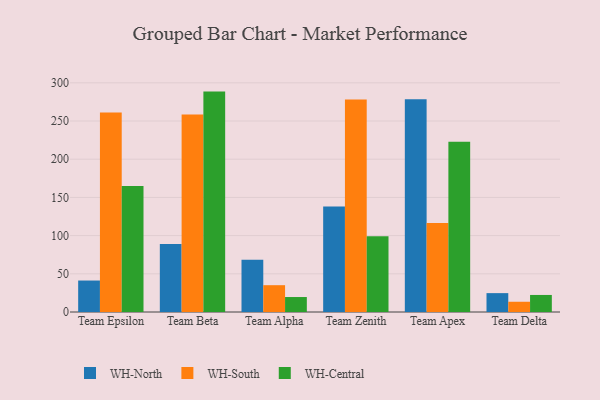
{"axis": {"x": "Team", "y": "Population (Million)"}, "legend": ["WH-Central", "WH-North", "WH-South"], "data": [{"x": "Team Epsilon", "y": 41.2, "type": "WH-North"}, {"x": "Team Epsilon", "y": 261.0, "type": "WH-South"}, {"x": "Team Epsilon", "y": 165.0, "type": "WH-Central"}, {"x": "Team Beta", "y": 88.9, "type": "WH-North"}, {"x": "Team Beta", "y": 258.5, "type": "WH-South"}, {"x": "Team Beta", "y": 288.5, "type": "WH-Central"}, {"x": "Team Alpha", "y": 68.4, "type": "WH-North"}, {"x": "Team Alpha", "y": 35.1, "type": "WH-South"}, {"x": "Team Alpha", "y": 19.6, "type": "WH-Central"}, {"x": "Team Zenith", "y": 138.1, "type": "WH-North"}, {"x": "Team Zenith", "y": 278.3, "type": "WH-South"}, {"x": "Team Zenith", "y": 99.3, "type": "WH-Central"}, {"x": "Team Apex", "y": 278.5, "type": "WH-North"}, {"x": "Team Apex", "y": 116.5, "type": "WH-South"}, {"x": "Team Apex", "y": 223.0, "type": "WH-Central"}, {"x": "Team Delta", "y": 24.7, "type": "WH-North"}, {"x": "Team Delta", "y": 13.4, "type": "WH-South"}, {"x": "Team Delta", "y": 22.3, "type": "WH-Central"}]}